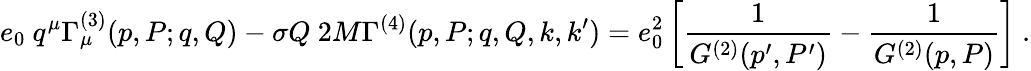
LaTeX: e_{0}\ q^{\mu}\Gamma_{\mu}^{(3)}(p,P;q,Q)-\sigma Q\ 2M\Gamma^{(4)}(p,P;q,Q,k,k^{\prime})=e_{0}^{2}\left[\frac{1}{G^{(2)}(p^{\prime},P^{\prime})}-\frac{1}{G^{(2)}(p,P)}\right]\ .